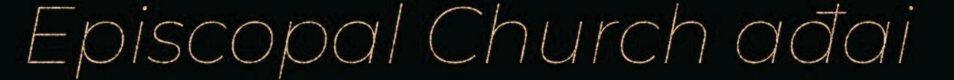
Episcopal Church ađai